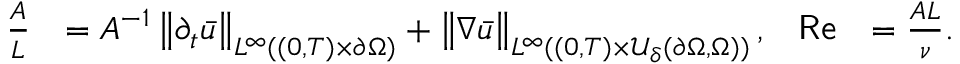
\begin{array} { r l r l } { \frac A L } & { = A ^ { - 1 } \left\lVert \partial _ { t } \bar { u } \right\rVert _ { L ^ { \infty } ( ( 0 , T ) \times \partial \Omega ) } + \left\lVert \nabla \bar { u } \right\rVert _ { L ^ { \infty } ( ( 0 , T ) \times \mathcal U _ { \delta } ( \partial \Omega , \Omega ) ) } , } & { \mathsf { R e } } & { = \frac { A L } { \nu } . } \end{array}